Annual administration report of the Civil Veterinary Department of India - 1892-1893
Year: 1892
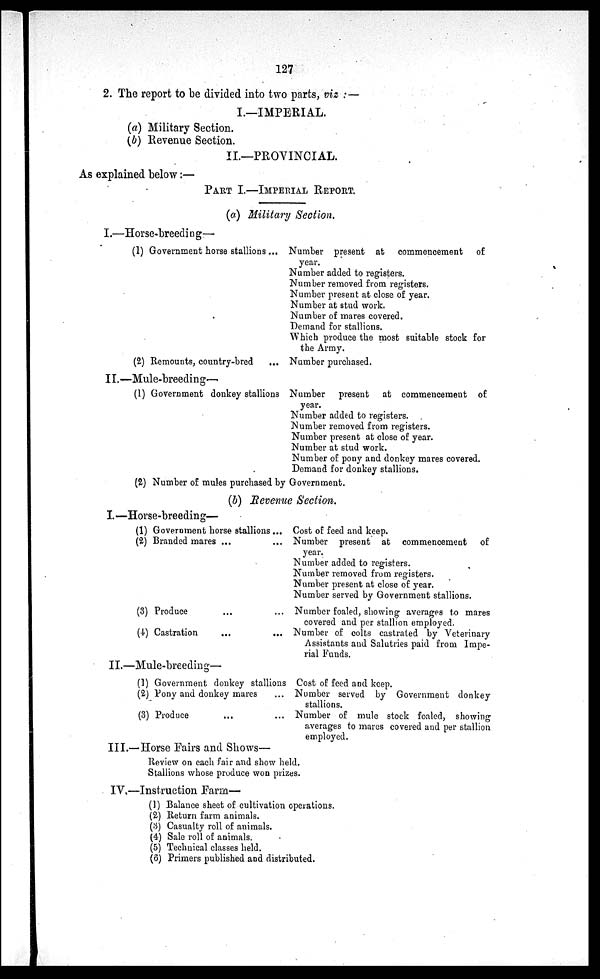
127
2. The report to be divided into two parts, viz:—
I.—IMPERIAL.
(a) Military Section.
(b) Revenue Section.
II.—PROVINCIAL.
As explained below:—
PART I.—IMPERIAL REPORT.
(a) Military Section.
I.—Horse-breeding—
(1) Government horse stallions ...
(2) Remounts, country-bred
...
Number present at commencement of
year.
Number added to registers.
Number removed from registers.
Number present at close of year.
Number at stud work.
Number of mares covered.
Demand for stallions.
Which produce the most suitable stock for
the Army.
Number purchased.
II.—Mule-breeding—
(1) Government donkey stallions
Number present at commencement of
year.
Number added to registers.
Number removed from registers.
Number present at close of year.
Number at stud work.
Number of pony and donkey mares covered.
Demand for donkey stallions.
(2) Number of mules purchased by Government.
(b) Revenue Section.
I.—Horse-breeding—
(1) Government horse stallions ...
(2) Branded mares ... ...
(3) Produce ... ...
(4) Castration ... ...
Cost of feed and keep.
Number present at commencement of
year.
Number added to registers.
Number removed from registers.
Number present at close of year.
Number served by Government stallions.
Number foaled, showing averages to mares
covered and per stallion employed.
Number of colts castrated by Veterinary
Assistants and Salatries paid from Impe-
rial Funds.
II.—Mule-breeding—
(1) Government donkey stallions
(2) Pony and donkey mares ...
(3) Produce ... ...
Cost of feed and keep.
Number served by Government donkey
stallions.
Number of mule stock foaled, showing
averages to mares covered and per stallion
employed.
III.—Horse Fairs and Shows—
Review on each fair and show held.
Stallions whose produce won prizes.
IV.—Instruction Farm—
(1) Balance sheet of cultivation operations.
(2) Return farm animals.
(3) Casualty roll of animals.
(4) Sale roll of animals.
(5) Technical classes held.
(6) Primers published and distributed.